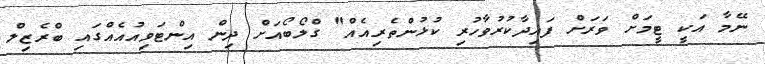
ނޭމާ އަކީ ޓީމަށް ވަރަށް ފައިދާކުރުވާހުރި ކުޅުންތެރިއެއް" ގްލޯބޯއަށް ދިން އިންޓަވިއުއެއްގައި ބްރެޒިލް